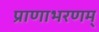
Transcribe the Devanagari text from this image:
प्राणाभरणम्‌